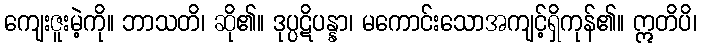
ကျေးဇူးမဲ့ကို။ ဘာသတိ၊ ဆို၏။ ဒုပ္ပဋိပန္နာ၊ မကောင်းသောအကျင့်ရှိကုန်၏။ ဣတိပိ၊